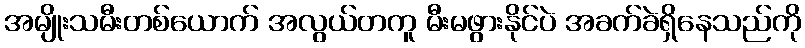
အမျိုးသမီးတစ်ယောက် အလွယ်တကူ မီးမဖွားနိုင်ပဲ အခက်ခဲရှိနေသည်ကို